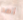
أمد